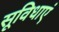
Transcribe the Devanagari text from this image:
सूविधाएं